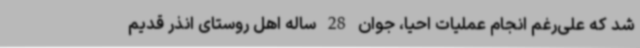
شد که علی‌رغم انجام عملیات احیا، جوان 28 ساله اهل روستای انذر قدیم